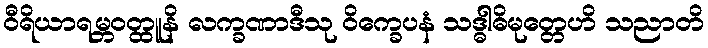
ဝီရိယာရမ္ဘဝတ္ထူနိ လက္ခဏာဒီသု ဝိက္ခေပနံ သဒ္ဓါဓိမုတ္တေဟိ သညာတိ